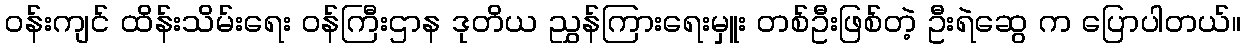
ဝန်းကျင် ထိန်းသိမ်းရေး ဝန်ကြီးဌာန ဒုတိယ ညွှန်ကြားရေးမှူး တစ်ဦးဖြစ်တဲ့ ဦးရဲဆွေ က ပြောပါတယ်။